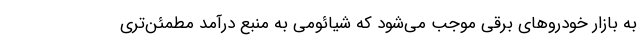
به بازار خودروهای برقی موجب می‌شود که شیائومی به منبع درآمد مطمئن‌تری